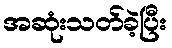
အဆုံးသတ်ခဲ့ပြီး